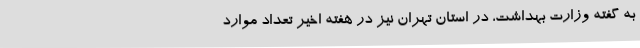
به گفته وزارت بهداشت، در استان تهران نیز در هفته اخیر تعداد موارد